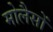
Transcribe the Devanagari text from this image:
मोलैसों